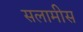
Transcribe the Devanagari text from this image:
सलामीस